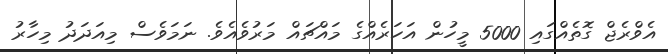
އެވްރެޖް ގޮތެއްގައި 5000 މީހުން އަހަރެއްގެ މައްޗައް މަރުވެއެވެ. ނަމަވެސް މިއަދަދު މިހާރު